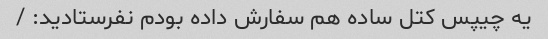
یه چیپس کتل ساده هم سفارش داده بودم نفرستادید: /